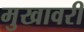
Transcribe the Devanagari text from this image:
मुखावरी